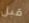
قبل